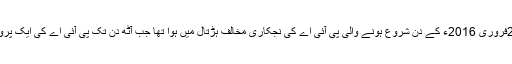
اس قوت کا اظہار 2فروری 2016ء کے دن شروع ہونے والی پی آئی اے کی نجکاری مخالف ہڑتال میں ہوا تھا جب آٹھ دن تک پی آئی اے کی ایک پرواز بھی نہ اڑ سکی۔